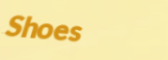
Shoes